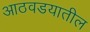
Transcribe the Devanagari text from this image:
आठवडयातील